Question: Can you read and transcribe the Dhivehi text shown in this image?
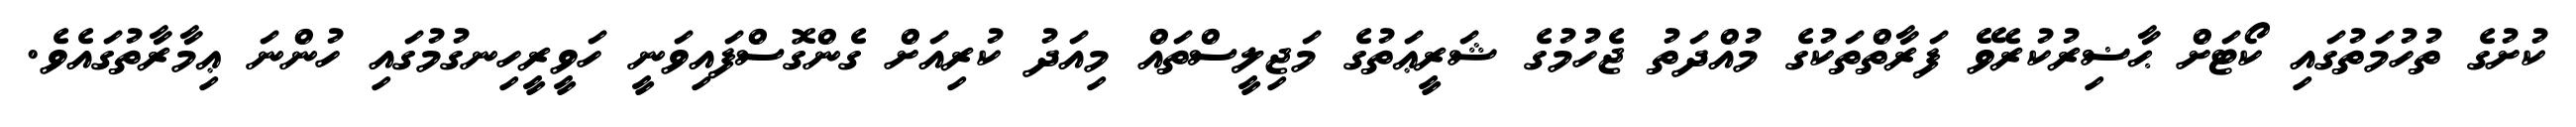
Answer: ކުށުގެ ތުހުމަތުގައި ކޯޓަށް ޙާޟިރުކުރެވޭ ފަރާތްތަކުގެ މުއްދަތު ޖެހުމުގެ ޝަރީޢަތުގެ މަޖިލީސްތައް މިއަދު ކުރިއަށް ގެންގޮސްފައިވަނީ ހަވީރީހިނގުމުގައި ހުންނަ ޢިމާރާތުގައެވެ.